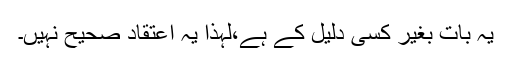
یہ بات بغیر کسی دلیل کے ہے،لہذا یہ اعتقاد صحیح نہیں۔